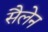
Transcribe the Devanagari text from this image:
सैलेन